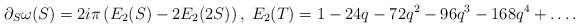
LaTeX: \begin{align*}\partial_S \omega(S) = 2i \pi \left(E_2(S) - 2 E_2(2S)\right),\;E_2(T)= 1- 24q -72 q^2 -96q^3-168q^4 + \dots.\end{align*}